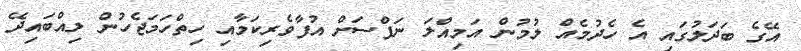
އޭގެ ބަދަލުގައި އެ ހެދުމެއް ލުމުން އަމިއްލަ ނަފްސަށް އުފާވެރިކަމާއި ހިތްހަމަޖެހުން ލިއްބައިދޭ